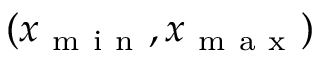
( x _ { \mathrm { ~ m ~ i ~ n ~ } } , x _ { \mathrm { ~ m ~ a ~ x ~ } } )